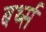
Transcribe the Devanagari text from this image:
बर्थ्स